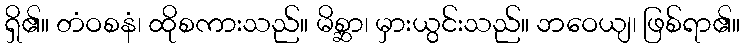
ရှိ၏။ တံဝစနံ၊ ထိုစကားသည်။ မိစ္ဆာ၊ မှားယွင်းသည်။ ဘဝေယျ၊ ဖြစ်ရာ၏။